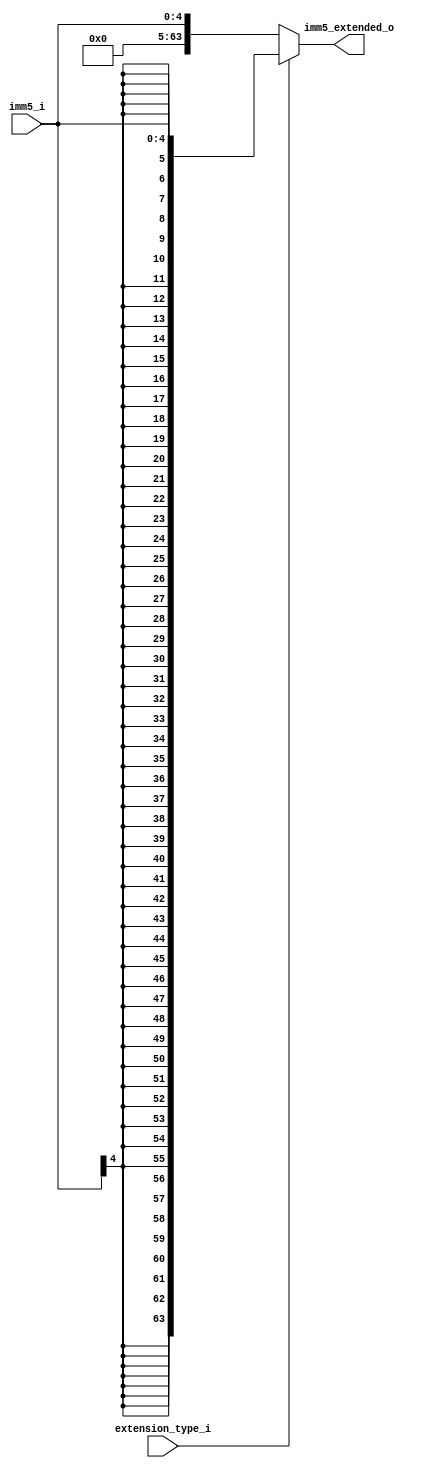
module immediate_extension_unit
(
	input 		[4:0] 	imm5_i,
	input 				extension_type_i,

	output reg 	[63:0] 	imm5_extended_o
);
	
	// When extension_type_i is Active, We Interpret
	// a Sign Extension is Wanted, and a Zero extension
	// On the Opposite Case.
	always @ (*)	
		if (extension_type_i)
			imm5_extended_o = {{59{imm5_i[4]}}, imm5_i[4:0]};
			
		else
			imm5_extended_o = {{59{1'b0}}, imm5_i[4:0]};

endmodule